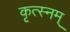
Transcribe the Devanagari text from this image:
कृत्स्नम्‌